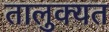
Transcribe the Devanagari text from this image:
तालुक्यत